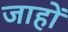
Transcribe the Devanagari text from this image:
जाहों